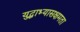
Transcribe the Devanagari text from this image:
युद्धाभ्यासक्षमता